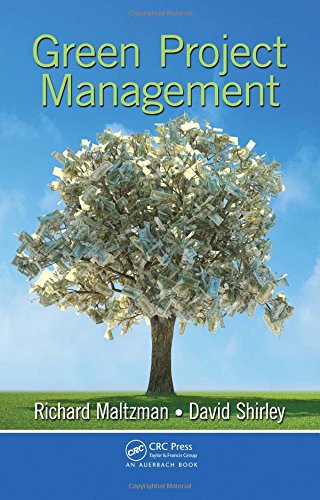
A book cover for Green Project Management; Richard Maltzman; Business & Money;